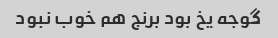
گوجه یخ بود برنج هم خوب نبود